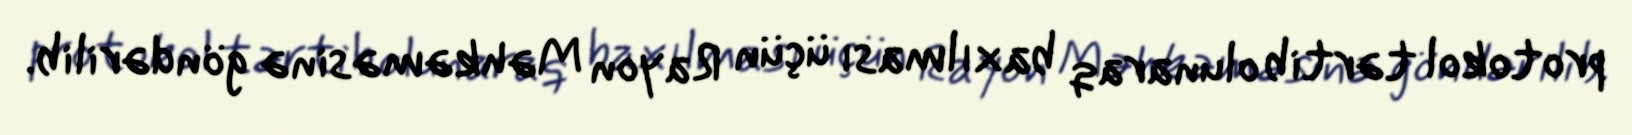
protokol tərtib olunaraq baxılması üçün Rayon Məhkəməsinə göndərilib.